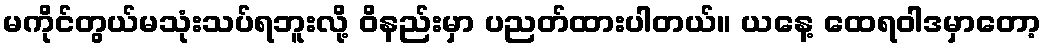
မကိုင်တွယ်မသုံးသပ်ရဘူးလို့ ဝိနည်းမှာ ပညတ်ထားပါတယ်။ ယနေ့ ထေရဝါဒမှာတော့